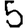
Digit: 5